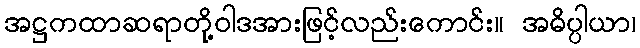
အဋ္ဌကထာဆရာတို့ဝါဒအားဖြင့်လည်းကောင်း။ အဓိပ္ပါယာ၊